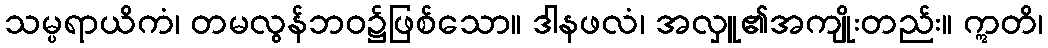
သမ္ပရာယိကံ၊ တမလွန်ဘဝ၌ဖြစ်သော။ ဒါနဖလံ၊ အလှူ၏အကျိုးတည်း။ ဣတိ၊